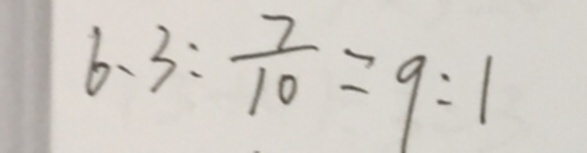
6 . 3 : \frac { 7 } { 1 0 } = 9 : 1